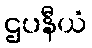
ဌပနီယံ